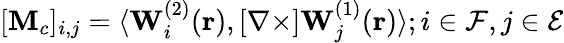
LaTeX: [\mathbf{M}_{c}]_{i,j}=\langle\mathbf{W}_{i}^{(2)}(\mathbf{r}),[\mathbf{\nabla\times}]\mathbf{W}_{j}^{(1)}(\mathbf{r})\rangle;i\in\mathcal{F},j\in\mathcal{E}